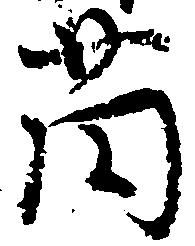
薗